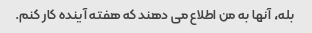
بله، آنها به من اطلاع می دهند که هفته آینده کار کنم.